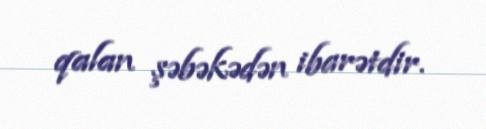
qalan şəbəkədən ibarətdir.